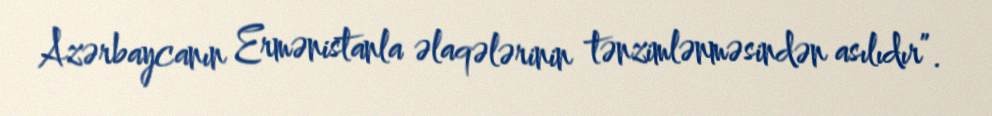
Azərbaycanın Ermənistanla əlaqələrinin tənzimlənməsindən asılıdır”.